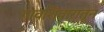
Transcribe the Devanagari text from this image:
गावशिवारातून